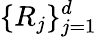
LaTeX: \{ R_{j}\} _{j=1}^{d}